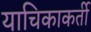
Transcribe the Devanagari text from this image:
याचिकाकर्ती